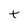
Character: t